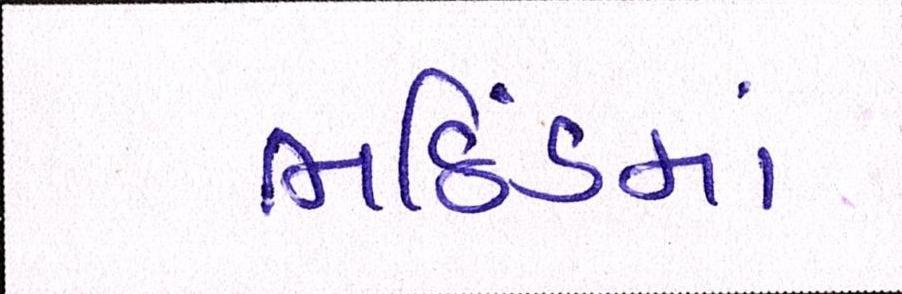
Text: ભઠિંડમાં